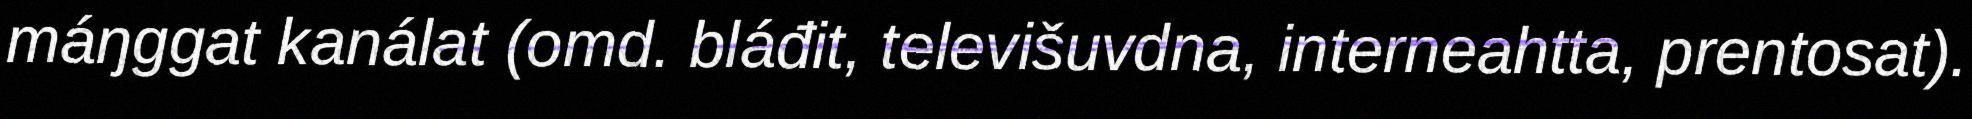
máŋggat kanálat (omd. bláđit, televišuvdna, interneahtta, prentosat).